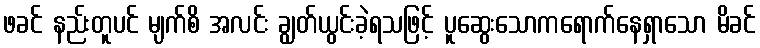
ဖခင် နည်းတူပင် မျက်စိ အလင်း ချွတ်ယွင်းခဲ့ရသဖြင့် ပူဆွေးသောကရောက်နေရှာသော မိခင်